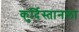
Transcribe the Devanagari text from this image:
कुर्दिस्तानला